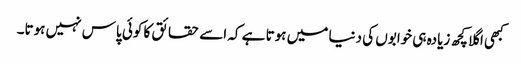
کبھی اگلا کچھ زیادہ ہی خوابوں کی دنیا میں ہوتا ہے کہ اسے حقائق کا کوئی پاس نہیں ہوتا۔